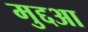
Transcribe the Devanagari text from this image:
मुद्दआ